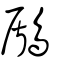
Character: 鶞